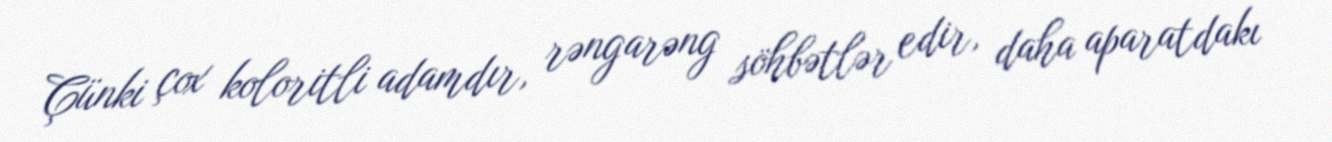
Çünki çox koloritli adamdır, rəngarəng söhbətlər edir, daha aparatdakı